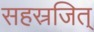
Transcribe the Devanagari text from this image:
सहस्रजित्